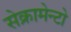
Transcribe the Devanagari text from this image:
सेक्रामेन्टो